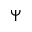
\Psi